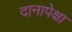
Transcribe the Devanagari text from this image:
दानापेक्षा